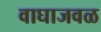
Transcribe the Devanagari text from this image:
वाघाजवळ